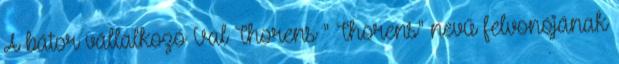
A bátor vállalkozó Val Thorens " Thorens" nevű felvonójának